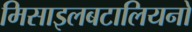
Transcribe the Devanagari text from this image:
मिसाइलबटालियनों